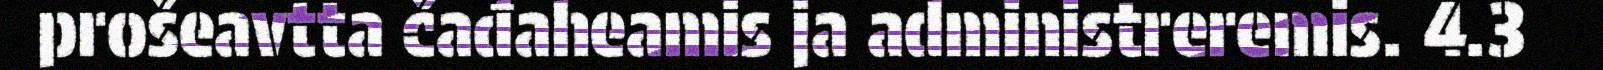
prošeavtta čađaheamis ja administreremis. 4.3